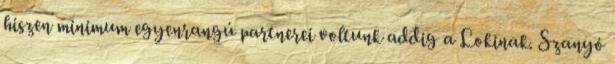
hiszen minimum egyenrangú partnerei voltunk addig a Lokinak. Szanyó